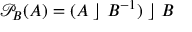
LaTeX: { \mathcal { P } } _ { B } ( A ) = ( A \; \rfloor \; B ^ { - 1 } ) \; \rfloor \; B